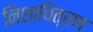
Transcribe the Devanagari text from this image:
निशाचित्रण